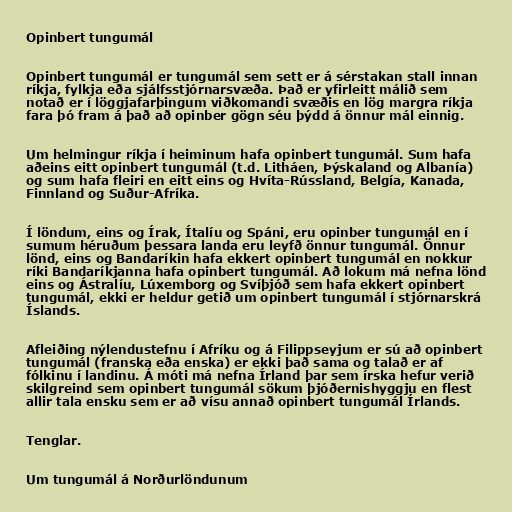
Opinbert tungumál

Opinbert tungumál er tungumál sem sett er á sérstakan stall innan
ríkja, fylkja eða sjálfsstjórnarsvæða. Það er yfirleitt málið sem
notað er í löggjafarþingum viðkomandi svæðis en lög margra ríkja
fara þó fram á það að opinber gögn séu þýdd á önnur mál einnig.

Um helmingur ríkja í heiminum hafa opinbert tungumál. Sum hafa
aðeins eitt opinbert tungumál (t.d. Litháen, Þýskaland og Albanía)
og sum hafa fleiri en eitt eins og Hvíta-Rússland, Belgía, Kanada,
Finnland og Suður-Afríka.

Í löndum, eins og Írak, Ítalíu og Spáni, eru opinber tungumál en í
sumum héruðum þessara landa eru leyfð önnur tungumál. Önnur
lönd, eins og Bandaríkin hafa ekkert opinbert tungumál en nokkur
ríki Bandaríkjanna hafa opinbert tungumál. Að lokum má nefna lönd
eins og Ástralíu, Lúxemborg og Svíþjóð sem hafa ekkert opinbert
tungumál, ekki er heldur getið um opinbert tungumál í stjórnarskrá
Íslands.

Afleiðing nýlendustefnu í Afríku og á Filippseyjum er sú að opinbert
tungumál (franska eða enska) er ekki það sama og talað er af
fólkinu í landinu. Á móti má nefna Írland þar sem írska hefur verið
skilgreind sem opinbert tungumál sökum þjóðernishyggju en flest
allir tala ensku sem er að vísu annað opinbert tungumál Írlands.

Tenglar.

Um tungumál á Norðurlöndunum